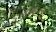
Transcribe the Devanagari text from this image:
२७८००